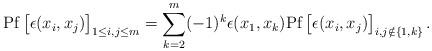
LaTeX: \begin{align*} \mathrm{Pf} \begin{bmatrix} \epsilon(x_{i}, x_{j}) \end{bmatrix}_{1 \leq i, j \leq m} &= \sum_{k=2}^{m} (-1)^{k} \epsilon(x_{1}, x_{k}) \mathrm{Pf}\begin{bmatrix} \epsilon(x_{i}, x_{j}) \end{bmatrix}_{i, j \notin \{1, k\}}. \end{align*}